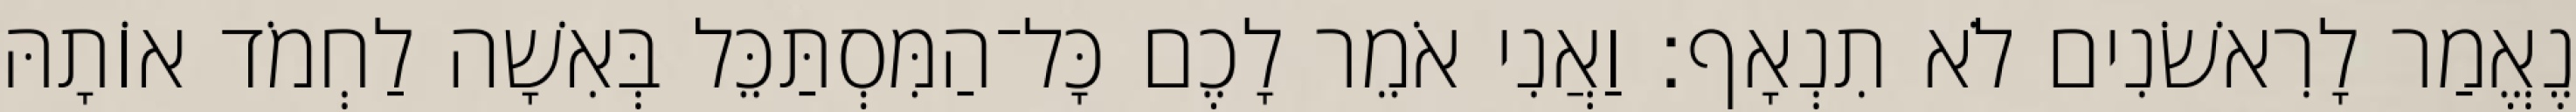
נֶאֱמַר לָרִאשֹׁנִים לֹא תִנְאָף׃ וַאֲנִי אֹמֵר לָכֶם כָּל־הַמִּסְתַּכֵּל בְּאִשָׁה לַחְמֹד אוֹתָהּ